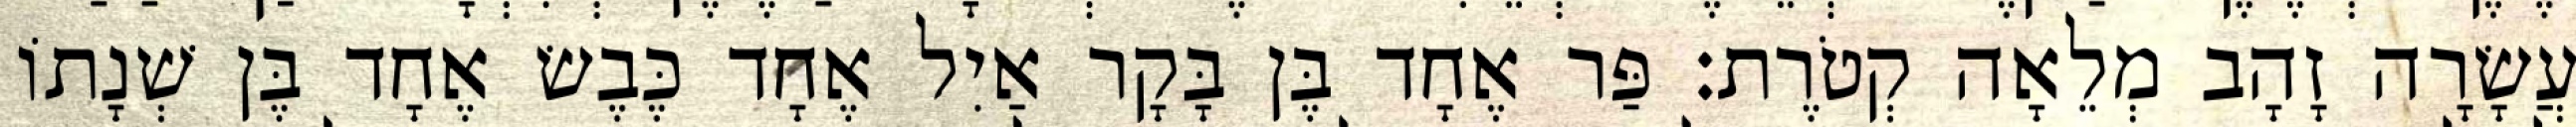
עֲשָׂרָה זָהָב מְלֵאָה קְטֹרֶת׃ פַּר אֶחָד בֶּן בָּקָר אַיִל אֶחָד כֶּבֶשׂ אֶחָד בֶּן שְׁנָתוֹ